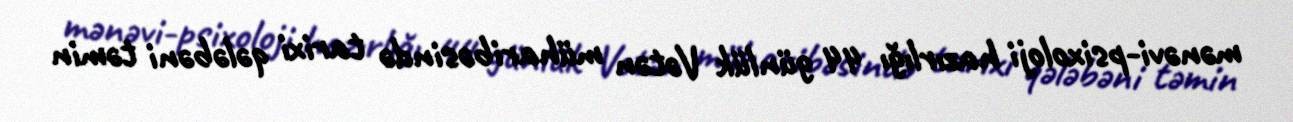
mənəvi-psixoloji hazırlığı 44 günlük Vətən müharibəsində tarixi qələbəni təmin